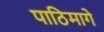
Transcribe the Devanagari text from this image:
पाठिमागे